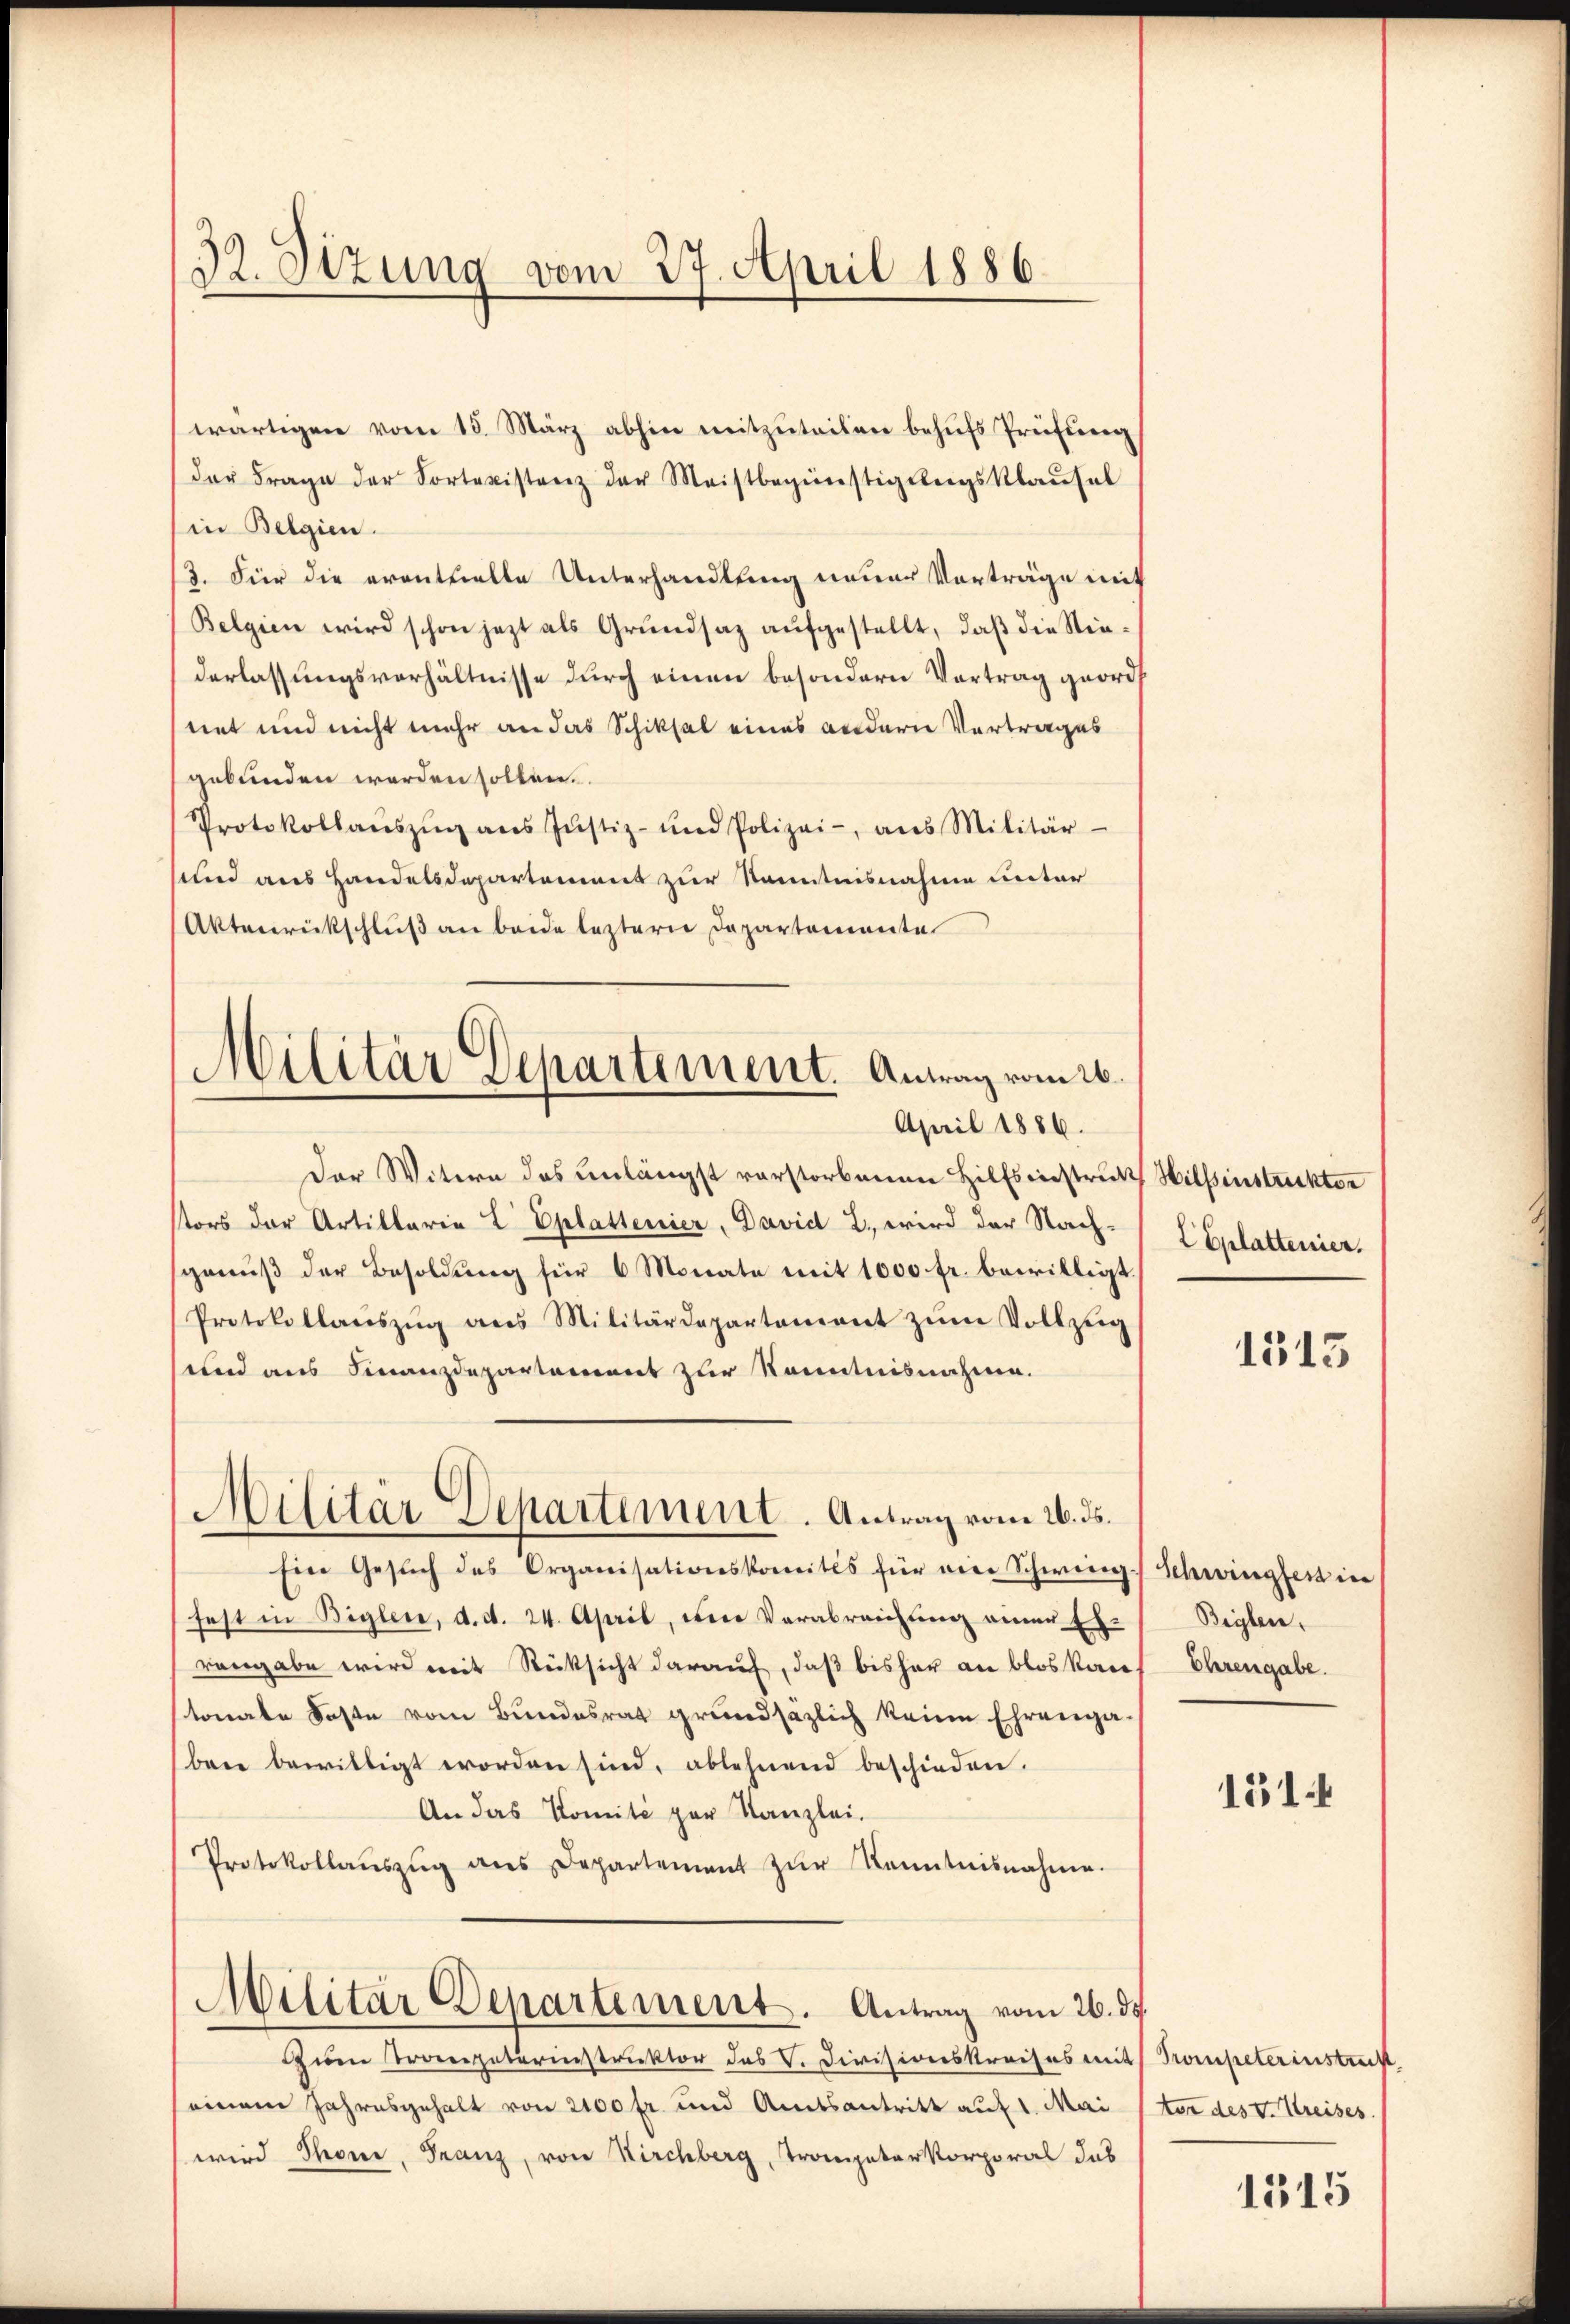
32. Sizung vom 27. April 1886.

Militär Departement. Antrag vom 26.
April 1886.

wärtigen vom 15. März abhin mitzuteilen behŭfs Prüfung
der Frage der Sortexistenz der Meistbegünstigungsklausel
(in Belgien.
3. Für die eventuelle Unterhandlung neuer Vorträge mit
Belgien wird schon jezt als Grundsaz aufgestellt, daß die Niederlassungsverhältnisse durch einen besondern Vortrag geord
net und nicht mehr an das Schiksal eines andern Vortrages
gebunden werden sollen.
Protokollaŭszŭg ans Jŭstiz- und Polizei-, aus Militär-
und aus Handelsdepartement zur Kenntnisnahme unter
Aktenrückschluß an beide leztern Departemente
Der Witern das Einlängst verstorbenen Hilfsinnstruk Hilfsinstruktor
stors der Artillaria L Eplattenier, David 2., wird der Nach-
genuß der Besoldung für 6 Monate mit 1000 fr. bewilligt.
Protokollaŭszŭg ans Militärdepartement zŭm Vollzŭg
und aus Finanzdepartement zur Kenntnisnahme.
Militär-Departement. Antrag vom 26. ds.
Ein Gesuch des Organisationskomites für vier Schwieg. Schwingheit in
fest in Biglen, d. d. 24. April, den Verabreichung einer Er-
vengabe wird mit Rücksicht darauf, daß bisher an blos kans Ehrengabe.
tonale Faste vom Bundesrat grundsäzlich keine Ehrenga
bene bewilligt worden sind, ablehnend beschieden.
An das Komite par Kanzlei.
Protokollaŭszŭg ans Departement zŭr Kenntnisnahme.
Militär Departement. Antrag vom 26. ds.
Zum Tropeterinstruktor des V. Divisionskreises mit Kompeterinstrecht,
seinem Jahresgehalt von 2400 fr. und Amtsantritt auf 1. Mai
wird Thone, Franz, von Kirchberg, Trompeterkorporal das

2 Eplattenier.

1313

Beylen,

1514

tor des v. Kreises.

1315